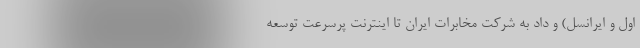
اول و ایرانسل) و داد به شرکت مخابرات ایران تا اینترنت پرسرعت توسعه